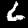
Digit: 6